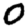
Digit: 0